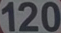
120